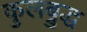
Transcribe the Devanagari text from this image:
कुलब्रुद्ध